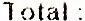
TOTAL :